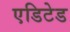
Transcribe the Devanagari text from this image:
एडिटेड